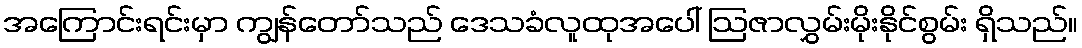
အကြောင်းရင်းမှာ ကျွန်တော်သည် ဒေသခံလူထုအပေါ် ဩဇာလွှမ်းမိုးနိုင်စွမ်း ရှိသည်။